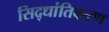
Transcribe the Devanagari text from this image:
सिद्धांतिकरण